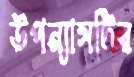
উপন্যাসটির